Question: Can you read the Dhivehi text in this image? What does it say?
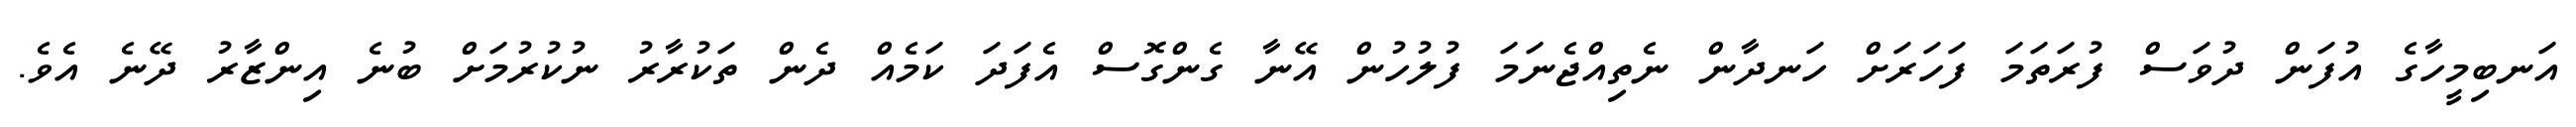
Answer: އަނބިމީހާގެ އުފަން ދުވަސް ފުރަތަމަ ފަހަރަށް ހަނދާން ނެތިއްޖެނަމަ ފުލުހުން އޭނާ ގެންގޮސް އެފަދަ ކަމެއް ދެން ތަކުރާރު ނުކުރުމަށް ބުނެ އިންޒާރު ދޭނެ އެވެ.